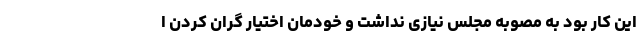
این کار بود به مصوبه مجلس نیازی نداشت و خودمان اختیار گران کردن ا